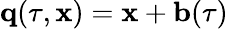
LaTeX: {\mathbf q}(\tau,{\mathbf x})={\mathbf x}+{\mathbf b}(\tau)